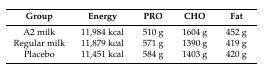
<table><thead><tr><td><b>Group</b></td><td><b>Energy</b></td><td><b>PRO</b></td><td><b>CHO</b></td><td><b>Fat</b></td></tr></thead><tbody><tr><td>A2 milk</td><td>11,984 kcal</td><td>510 g</td><td>1604 g</td><td>452 g</td></tr><tr><td>Regular milk</td><td>11,879 kcal</td><td>571 g</td><td>1390 g</td><td>419 g</td></tr><tr><td>Placebo</td><td>11,451 kcal</td><td>584 g</td><td>1403 g</td><td>420 g</td></tr></tbody></table>